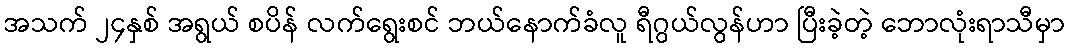
အသက် ၂၄နှစ် အရွယ် စပိန် လက်ရွေးစင် ဘယ်နောက်ခံလူ ရီဂွယ်လွန်ဟာ ပြီးခဲ့တဲ့ ဘောလုံးရာသီမှာ